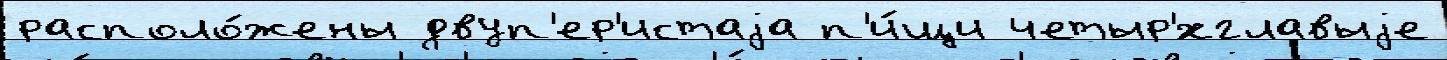
располо́жены двуп'ер'истаjа п'и́щи четыр'́хглавыjе